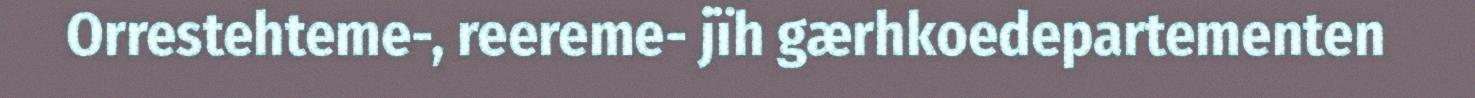
Orrestehteme-, reereme- jïh gærhkoedepartementen